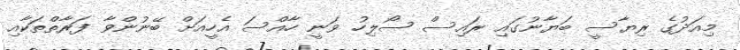
މިއަދުގެ ރިޔާސީ ބަޔާނުގައި ރައިސް ސޯލިހު ވަނީ ހާއްސަ އެހީއަށް ބޭނުންވާ ފަރާތްތަކާއި